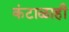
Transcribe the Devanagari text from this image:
कंटाळाही